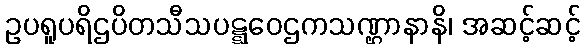
ဥပရူပရိဌပိတသီသပဋ္ဋဝေဌကသဏ္ဌာနာနိ၊ အဆင့်ဆင့်